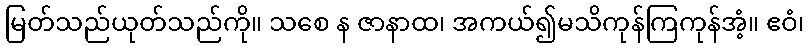
မြတ်သည်ယုတ်သည်ကို။ သစေ န ဇာနာထ၊ အကယ်၍မသိကုန်ကြကုန်အံ့။ ဧဝံ၊